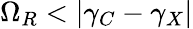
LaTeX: \Omega_{R}<|\gamma_{C}-\gamma_{X}|